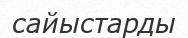
сайыстарды